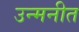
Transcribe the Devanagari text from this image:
उन्मनीत